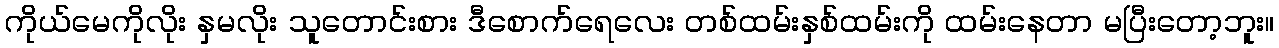
ကိုယ်မေကိုလိုး နှမလိုး သူတောင်းစား ဒီစောက်ရေလေး တစ်ထမ်းနှစ်ထမ်းကို ထမ်းနေတာ မပြီးတော့ဘူး။